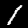
Digit: 1